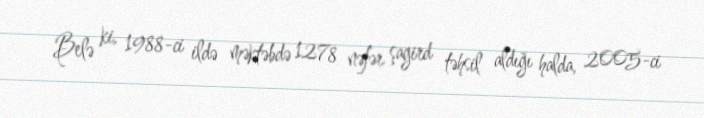
Belə ki, 1988-ci ildə məktəbdə 1278 nəfər şagird təhsil aldığı halda, 2005-ci